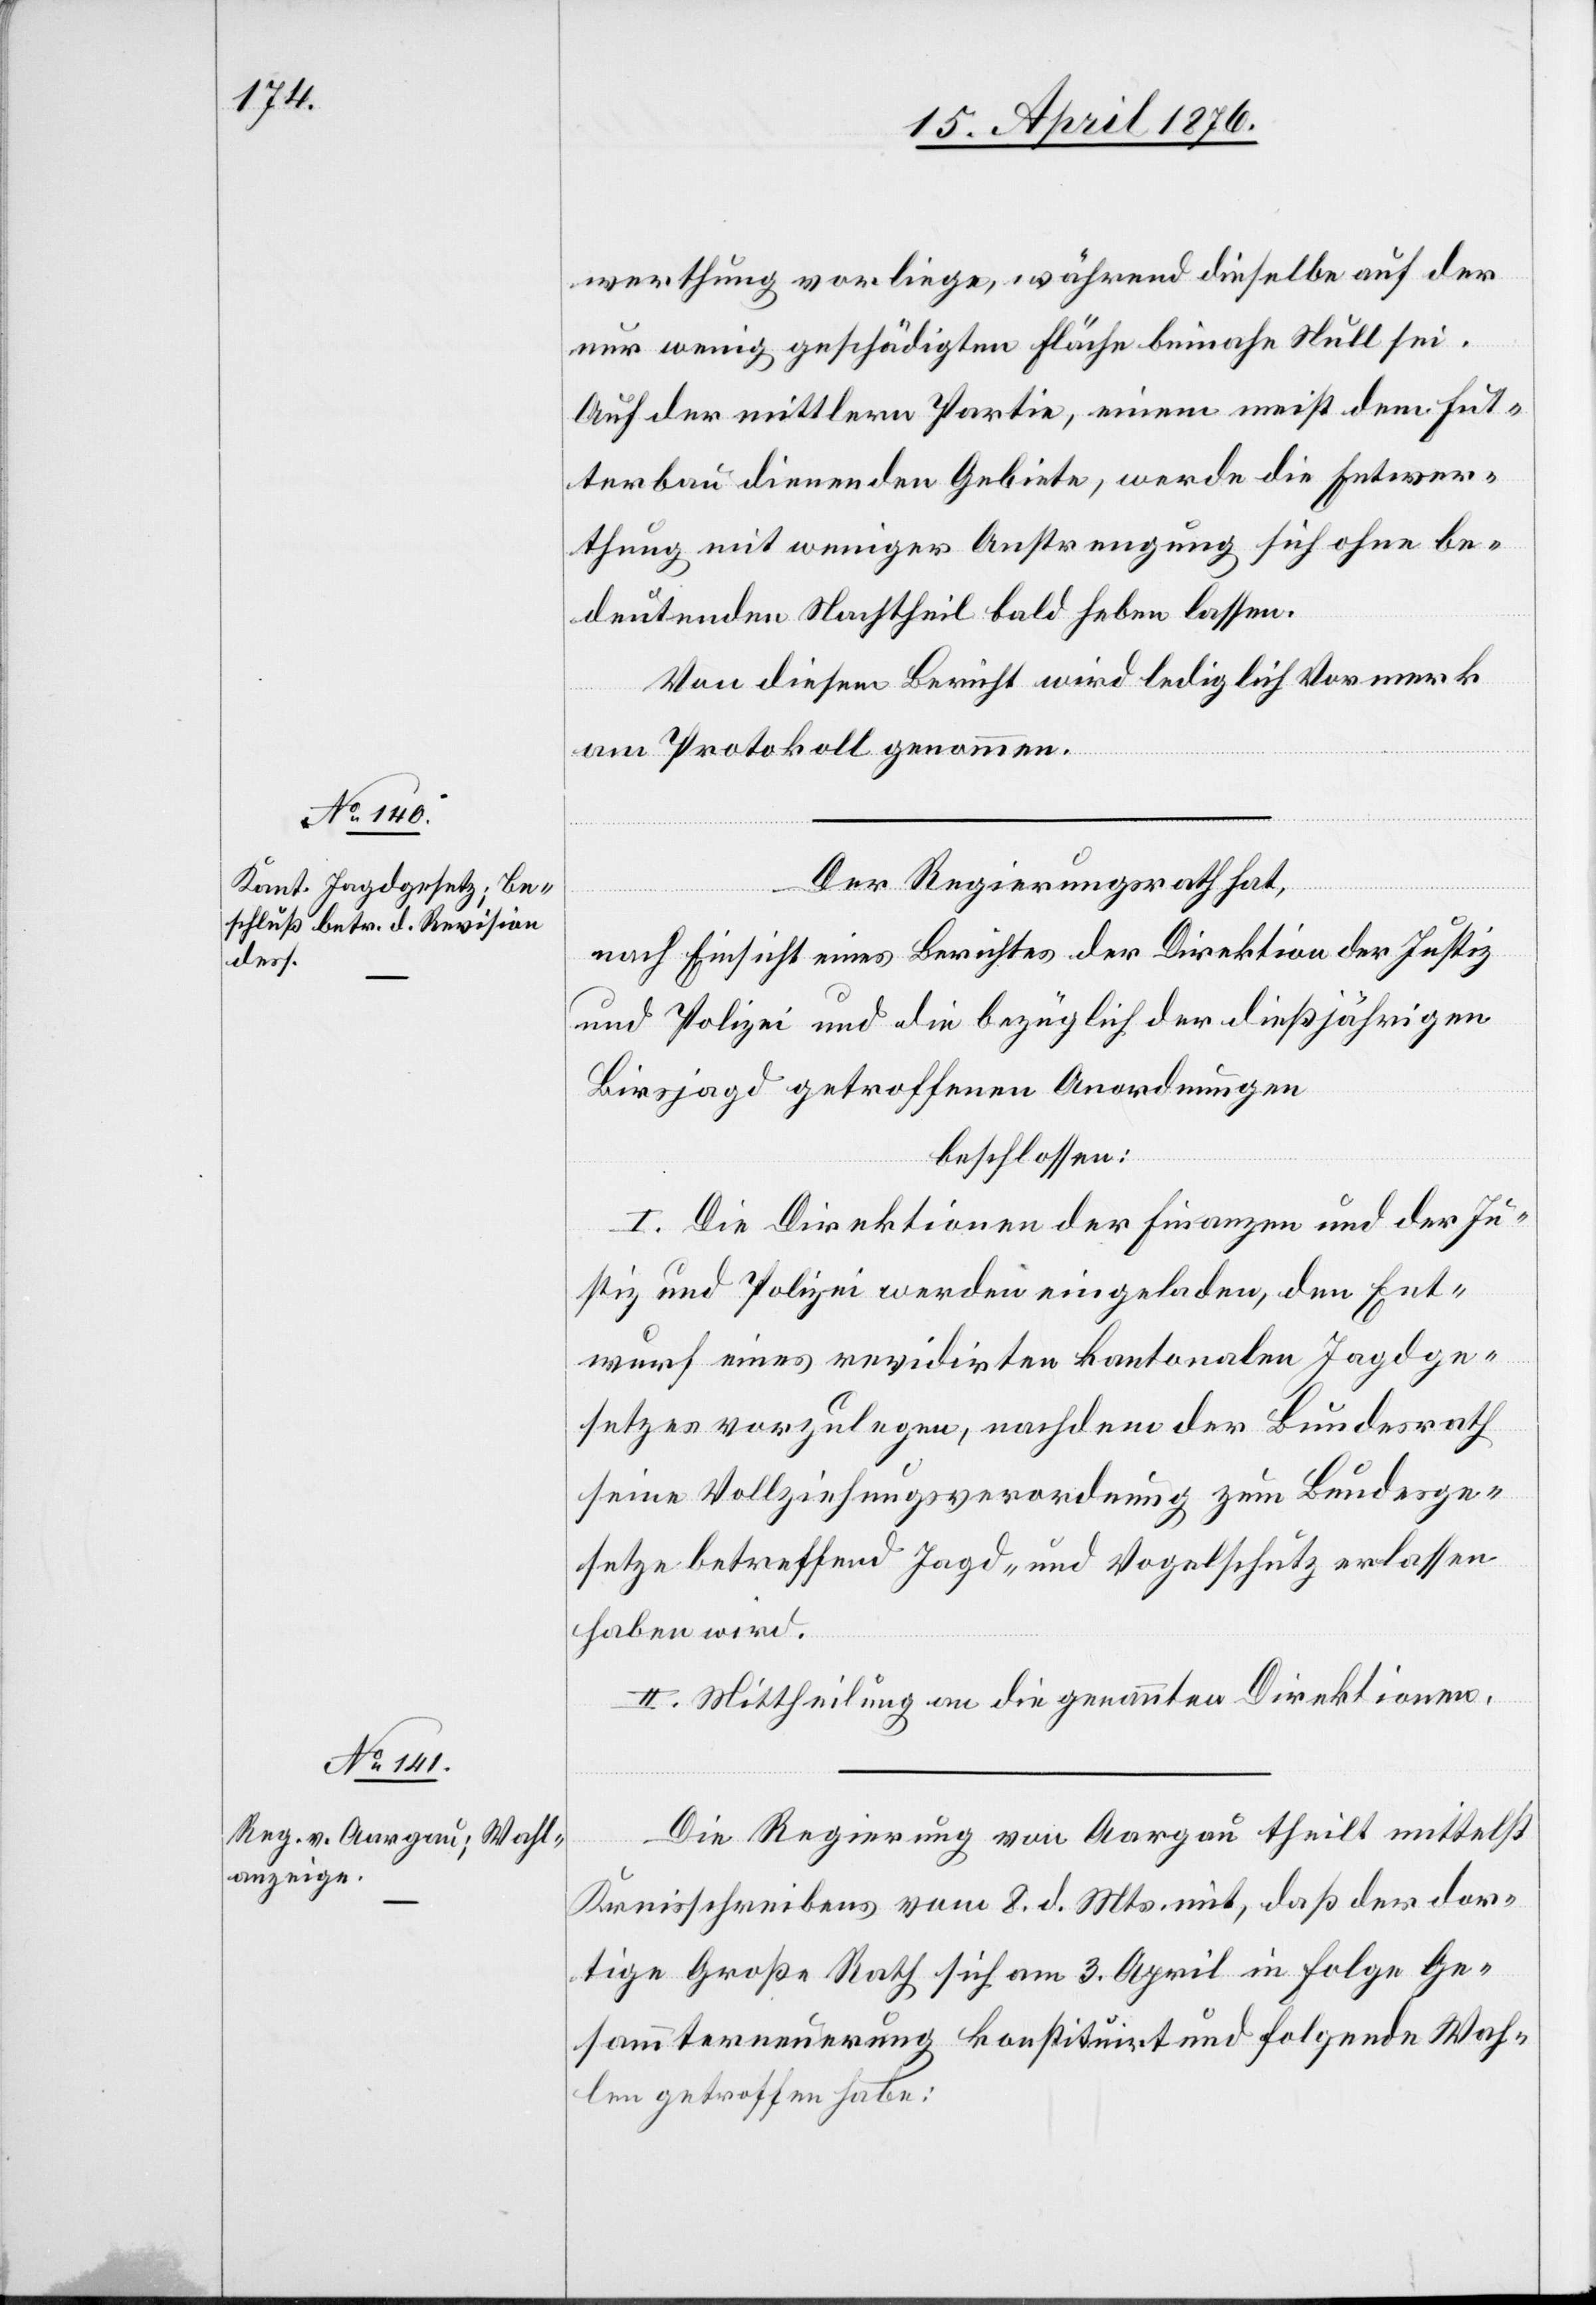
wertung vorliege, während dieselbe auf der
nur wenig geschädigten Fläche beinahe Null sei.
Auf der mittlern Partie, einem meist dem Fut¬
terbau dienenden Gebiete, werde die Entwer¬
thung mit weniger Anstrengung sich ohne be¬
deutenden Nachtheil bald heben lassen.
Von diesem Bericht wird lediglich Vormerk
am Protokoll genommen.
Der Regierungsrath hat,
nach Einsicht eines Berichtes der Direktion der Justiz
und Polizei und die [sic!] bezüglich der dießjährigen
Birsjagd getroffenen Anordnungen
beschlossen:
I. Die Direktionen der Finanzen und der Ju¬
stiz und Polizei werden eingeladen, den Ent¬
wurf eines revidirten kantonalen Jagdge¬
setzes vorzulegen, nachdem der Bundesrath
seine Vollziehungsverordnung zum Bundesge¬
setze betreffend Jagd- und Vogelschutz erlassen
haben wird.
II. Mittheilung an die genannten Direktionen.
Die Regierung von Aargau theilt mittelst
Kreisschreibens vom 8. d. Mts. mit, daß der dor¬
tige Große Rath sich am 3. April in Folge Ge¬
sammterneuerung konstituirt und folgende Wah¬
len getroffen habe: